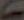
D